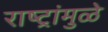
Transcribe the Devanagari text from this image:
राष्ट्रांमुळे